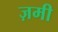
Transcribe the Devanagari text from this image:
ज़मी